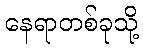
နေရာတစ်ခုသို့